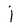
Character: j